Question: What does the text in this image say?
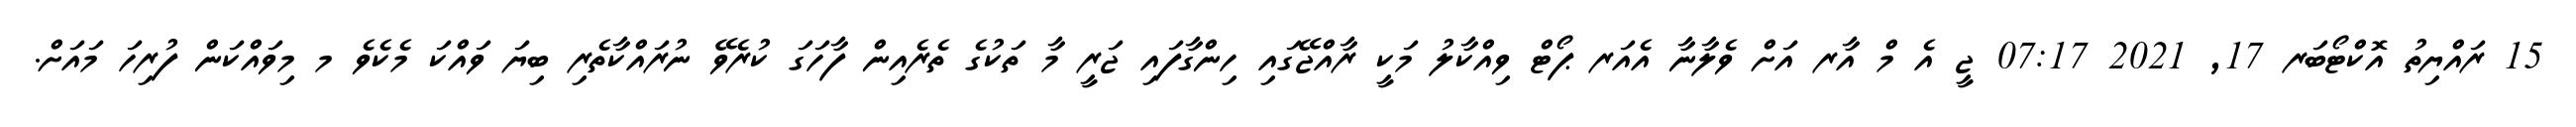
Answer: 15 ރައްޔިތު އޮކްޓޯބަރ 17, 2021 07:17 ޖީ އެ މް އާރ އަށް ވެލާނާ އެއަރ ޕޯޓް ވިއްކާލު މަކީ ރާއްޖޭގައި ހިންގާފައި ޖަރީ މާ ތަކުގެ ތެރެއިން ފާހަގަ ކުރެވޭ ނުރައްކާތެރި ބިޔަ ވައްކަ މެކެވެ މ މިވައްކަން ފުރިހަ މައަށް.